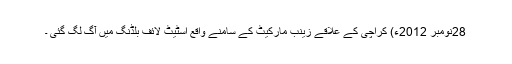
28نومبر 2012ء) کراچی کے علاقے زینب مارکیٹ کے سامنے واقع اسٹیٹ لائف بلڈنگ میں آگ لگ گئی ۔